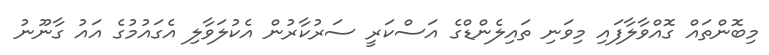
މިބޮންތައް ގޮއްވާލާފައި މިވަނި ތައިލެންޑްގެ އަސްކަރީ ސަރުކާރުން އެކުލަވާލި އެގައުމުގެ އައު ގާނޫނު